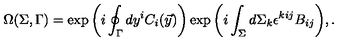
\Omega ( \Sigma , \Gamma ) = \exp { \left( i \oint _ { \Gamma } d y ^ { i } C _ { i } ( \vec { y } ) \right) } \exp { \left( i \int _ { \Sigma } d \Sigma _ { k } \epsilon ^ { k i j } B _ { i j } \right) } , .